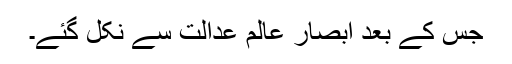
جس کے بعد ابصار عالم عدالت سے نکل گئے۔